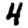
Digit: 4